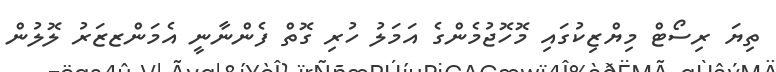
ތިޔަ ރިސޯޓް މިޔްޒިކުގައި މޮހޮޖުމެންގެ އަމަލު ހުރި ގޮޮތް ފެންނާނީ އެމަންޒޒަރު ލޮލުން